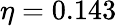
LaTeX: \eta=0.143